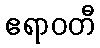
ဧရာဝတီ